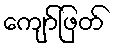
ကျော်ဖြတ်